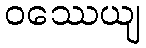
ဝဿေယျ